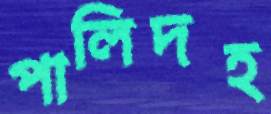
পালিদহ